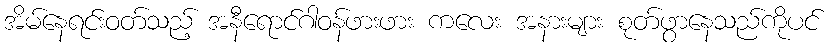
အိမ်နေရင်းဝတ်သည့် အနီရောင်ဂါဝန်ဖားဖား ကလေး အနားများ စုတ်ဖွာနေသည်ကိုပင်